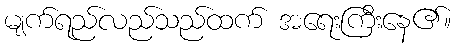
မျက်ရည်လည်သည်ထက် အရေးကြီးနေ၏။